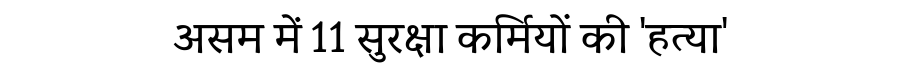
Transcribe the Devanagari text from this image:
असम में 11 सुरक्षा कर्मियों की 'हत्या'